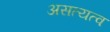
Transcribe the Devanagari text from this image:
असत्यत्व